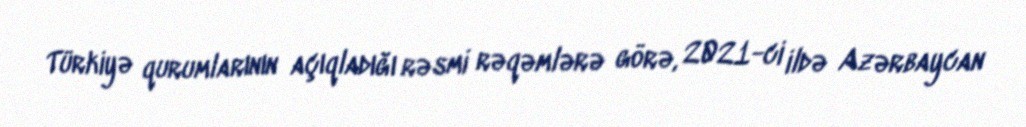
Türkiyə qurumlarının açıqladığı rəsmi rəqəmlərə görə, 2021-ci ildə Azərbaycan